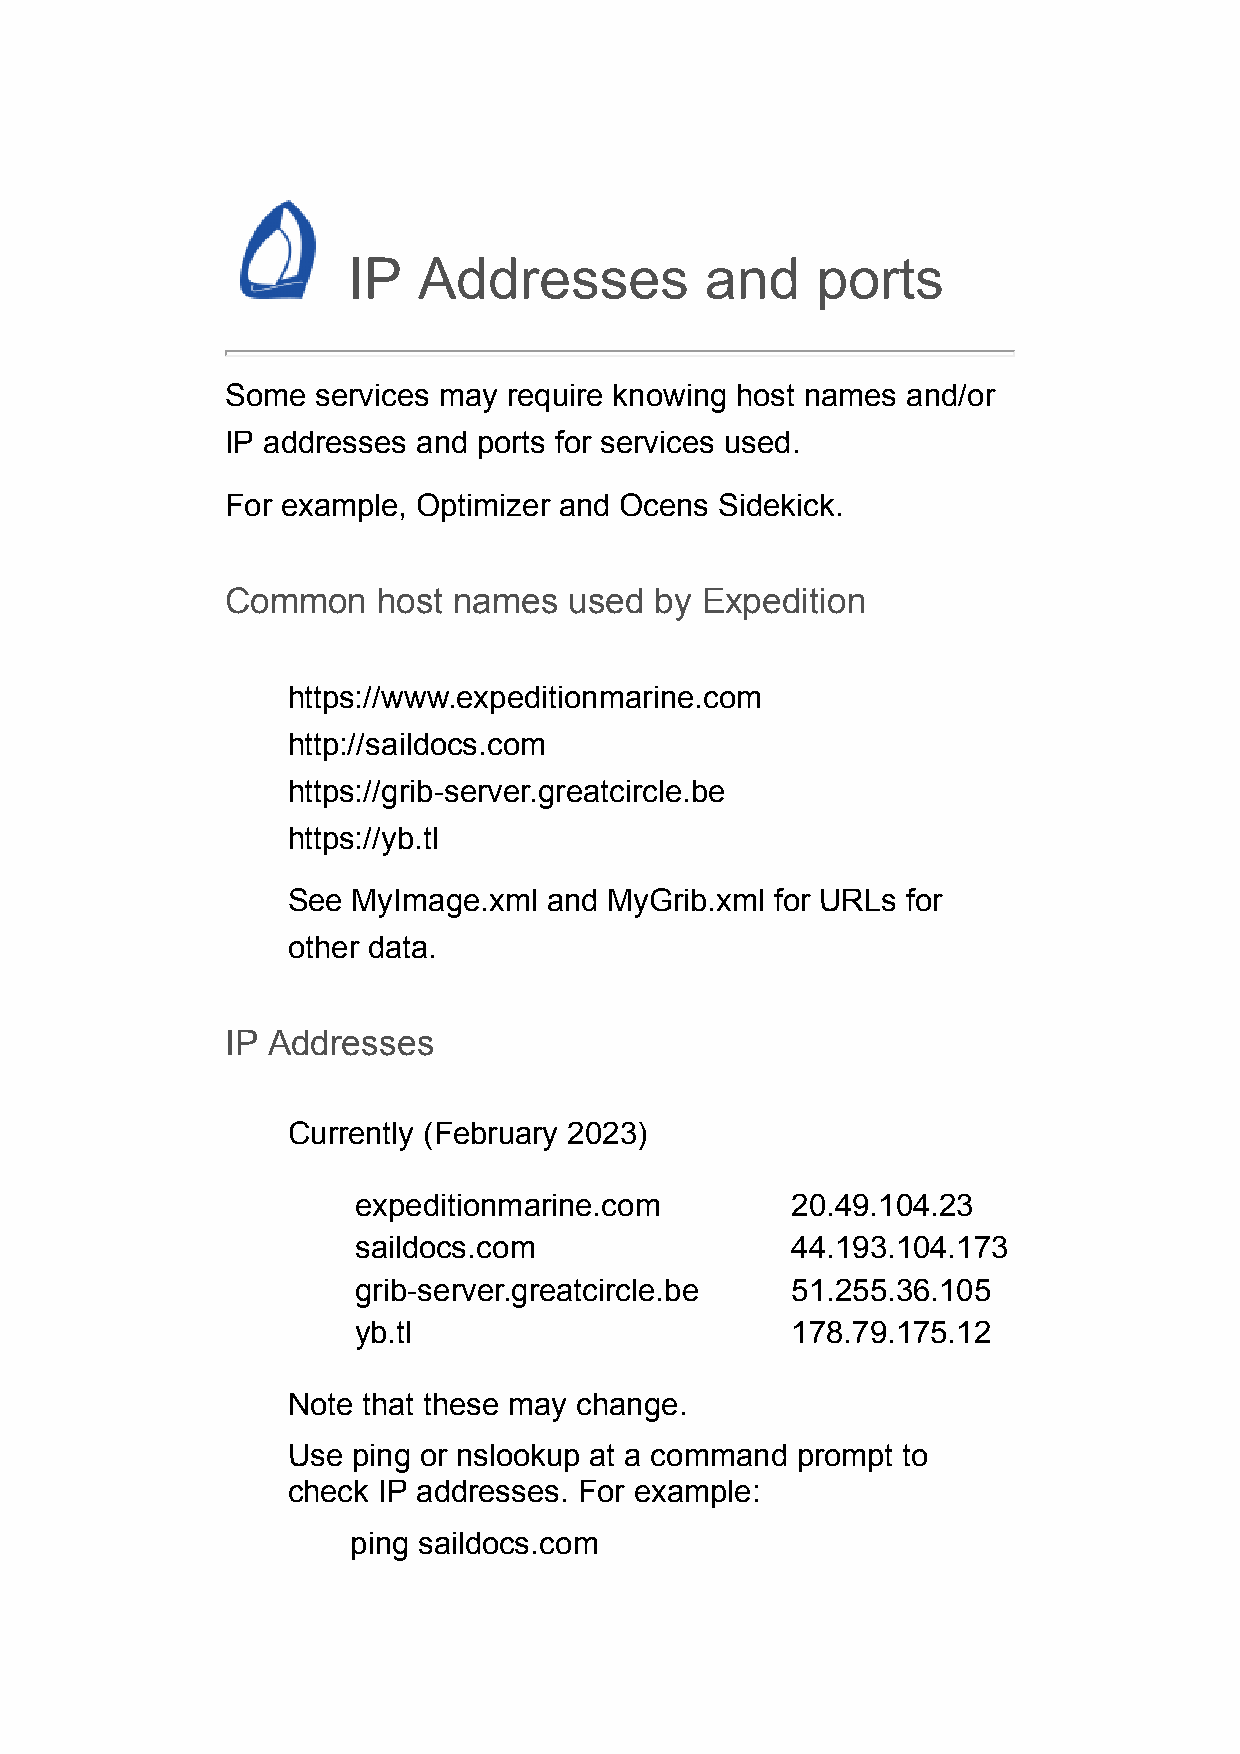
IP   Addresses          and    ports
 Some  services may require knowing host names and/or
 IP addresses and ports for services used.
 For example, Optimizer and Ocens Sidekick.
 Common    host names   used by Expedition
 https://www.expeditionmarine.com
 http://saildocs.com
 https://grib-server.greatcircle.be
 https://yb.tl
 See MyImage.xml  and MyGrib.xml for URLs for
 other data.
 IP Addresses
 Currently (February 2023)
 expeditionmarine.com         20.49.104.23
 saildocs.com                 44.193.104.173
 grib-server.greatcircle.be   51.255.36.105
 yb.tl                        178.79.175.12
 Note that these may change.
 Use ping or nslookup at a command prompt to
 check IP addresses. For example:
 ping saildocs.com